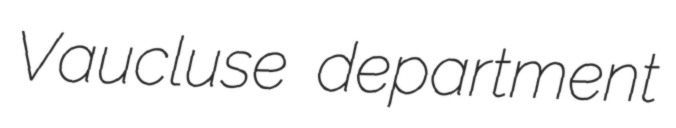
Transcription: Vaucluse department